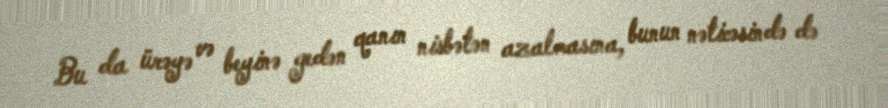
Bu da ürəyə və beyinə gedən qanın nisbətən azalmasına, bunun nəticəsində də